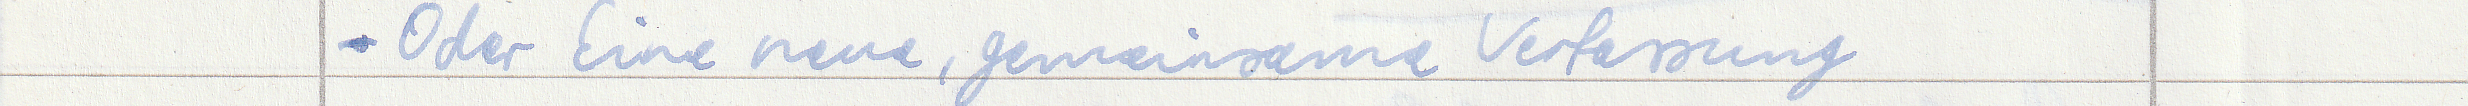
- Oder Eine neue, gemeinsame Verfassung